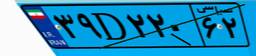
۳۹D۲۲۰۶۲